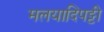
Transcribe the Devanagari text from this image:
मलयादिपट्टी